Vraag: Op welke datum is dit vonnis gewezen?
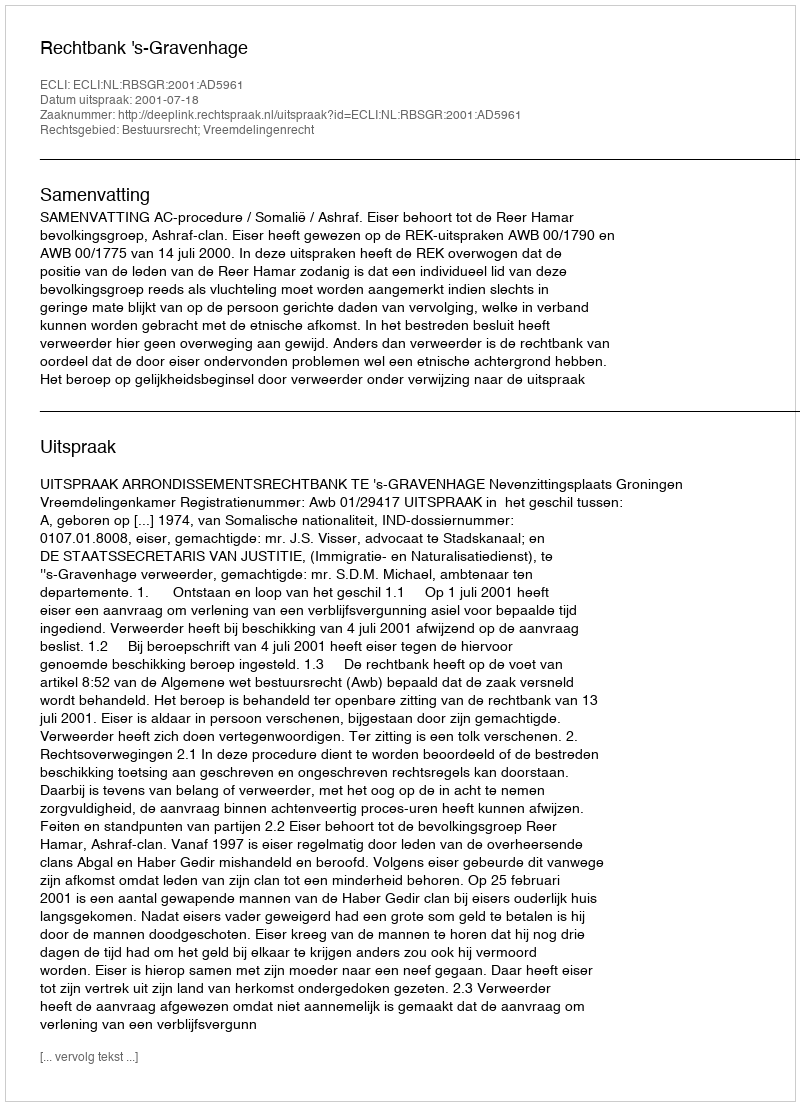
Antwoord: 2001-07-18